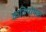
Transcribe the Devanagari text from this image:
कविपोषक